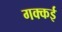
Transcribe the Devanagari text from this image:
गक्‍कई